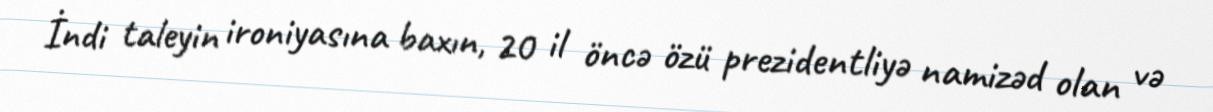
İndi taleyin ironiyasına baxın, 20 il öncə özü prezidentliyə namizəd olan və